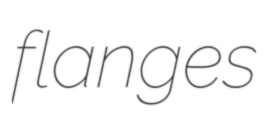
flanges